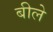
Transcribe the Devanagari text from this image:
बीले